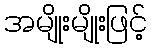
အမျိုးမျိုးဖြင့်